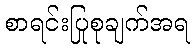
စာရင်းပြုစုချက်အရ